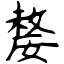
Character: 嫠